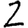
Digit: 2